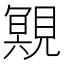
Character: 覭